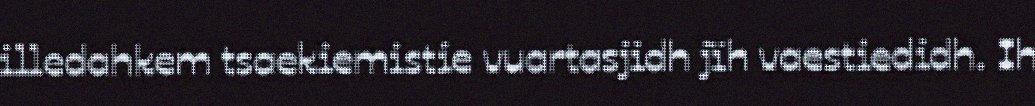
illedahkem tsaekiemistie vuartasjidh jïh vaestiedidh. Ih